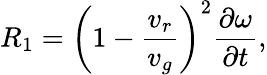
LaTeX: R_{1}=\left(1-\frac{v_{r}}{v_{g}}\right)^{2}\frac{\partial\omega}{\partial t},